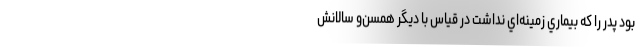
بود پدر را كه بيماري زمينه‌اي نداشت در قياس با ديگر همسن‌و سالانش